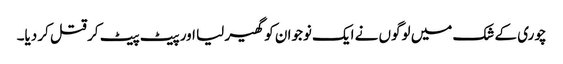
چوری کے شک میں لوگوں نے ایک نوجوان کو گھیر لیا اور پیٹ پیٹ کر قتل کر دیا۔